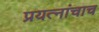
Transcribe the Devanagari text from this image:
प्रयत्‍नांचाच